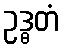
ဥဒ္ဓတံ